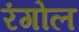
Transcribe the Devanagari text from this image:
रंगोल